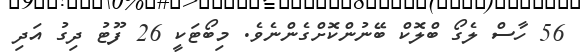
56 ހާސް ލެގޯ ބްލޮކް ބޭނުންކޮށްގެންނެވެ. މިބޯޓަކީ 26 ފޫޓު ދިގު އަދި